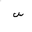
Letter: _sin